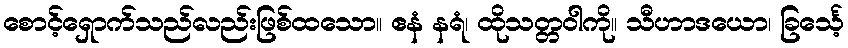
စောင့်ရှောက်သည်လည်းဖြစ်ထသော။ ဧနံ နရံ၊ ထိုသတ္တဝါကို။ သီဟာဒယော၊ ခြင်္သေ့